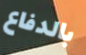
بالدفاع